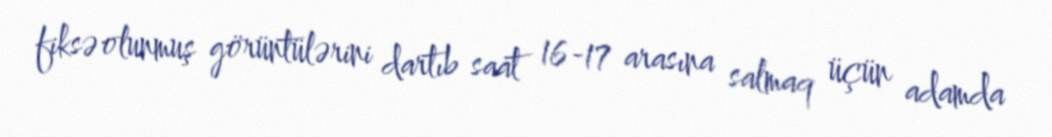
fiksə olunmuş görüntülərini dartıb saat 16-17 arasına salmaq üçün adamda